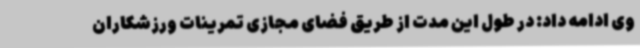
وی ادامه داد: در طول این مدت از طریق فضای مجازی تمرینات ورزشکاران